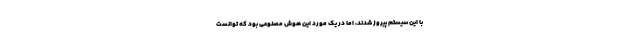
با این سیستم پیروز شدند، اما در یک مورد این هوش مصنوعی بود که توانست